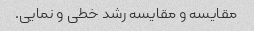
مقایسه و مقایسه رشد خطی و نمایی.